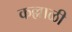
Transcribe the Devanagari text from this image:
कल्लाळी